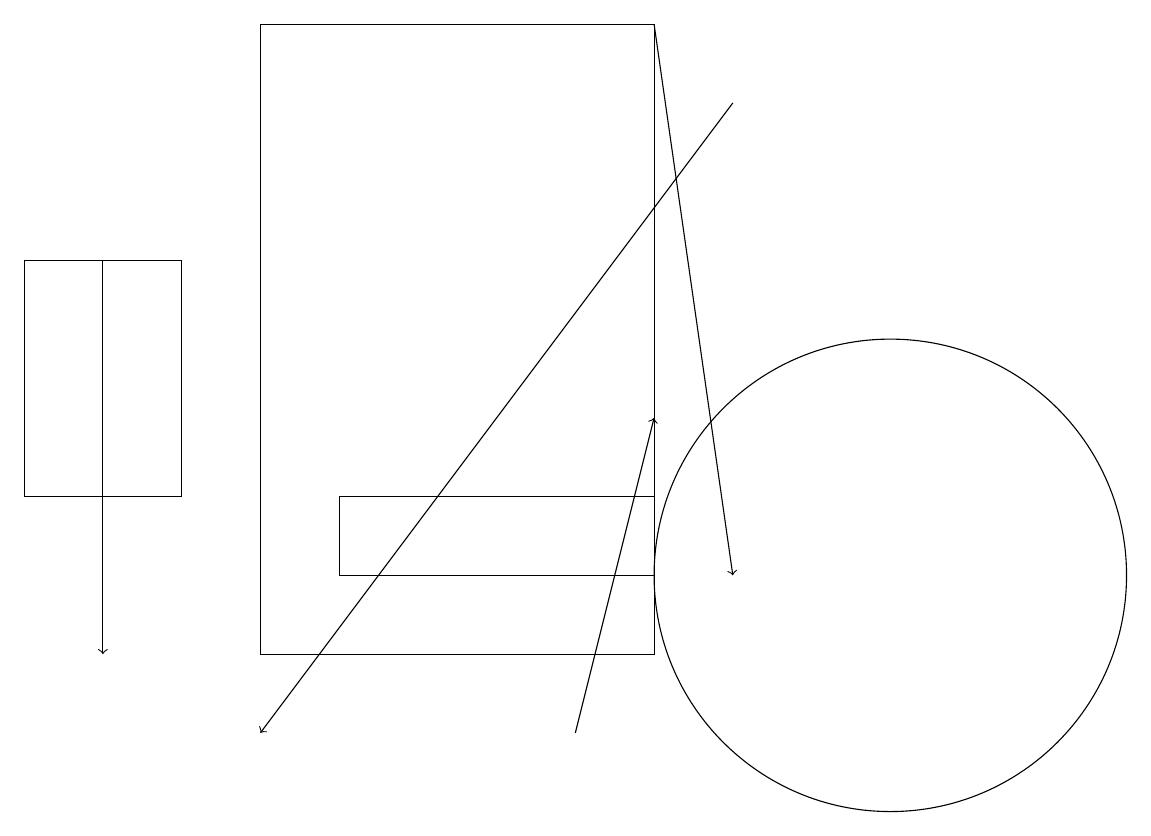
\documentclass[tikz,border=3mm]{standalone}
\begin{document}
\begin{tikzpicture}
\draw (8,13) rectangle (4,12);
\draw[->] (8,19) -- (9,12);
\draw (0,16) rectangle (2,13);
\draw[->] (1,16) -- (1,11);
\draw[->] (9,18) -- (3,10);
\draw (3,19) rectangle (8,11);
\draw[->] (7,10) -- (8,14);
\draw (11,12) circle (3);
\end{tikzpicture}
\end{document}